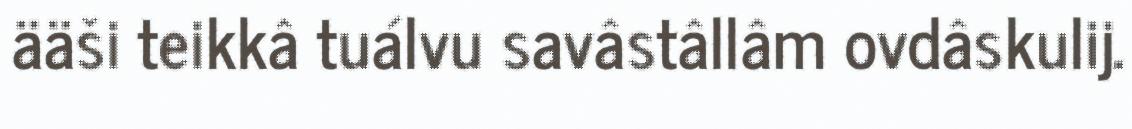
ääši teikkâ tuálvu savâstâllâm ovdâskulij.